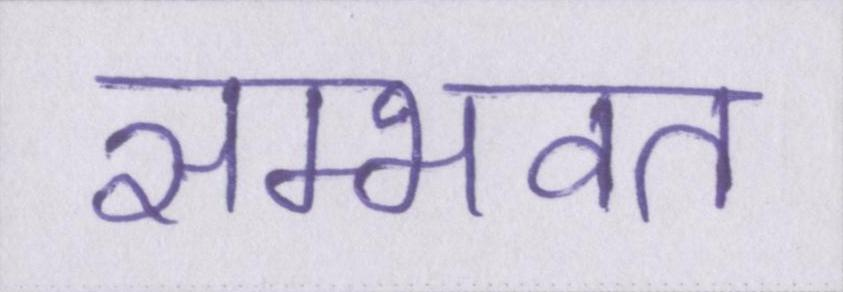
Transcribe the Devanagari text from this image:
सम्भवत